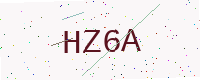
Text: HZ6A